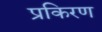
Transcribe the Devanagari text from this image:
प्रकिरण